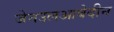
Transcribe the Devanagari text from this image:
जेनउलआबेदीन